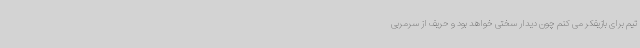
تیم برای بازیفکر می کنم چون دیدار سختی خواهد بود و حریف از سرمربی